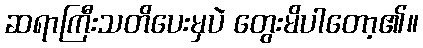
ဆရာကြီးသတိပေးမှပဲ တွေးမိပါတော့၏။